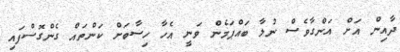
ދާއިން އަށް އަންގާވެސް ނުލާ ބައްޕަމެން ވަނީ އެހާ ހިސާބަށް ކަންތައް ގެންގޮސްފައި